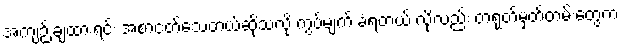
အကျဉ်းချထားရင်း အစာငတ်သေတယ်ဆိုသလို ကွပ်မျက် ခံရတယ် လို့လည်း တရုတ်မှတ်တမ်းတွေက